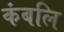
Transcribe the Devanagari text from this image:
कंबलि